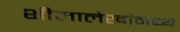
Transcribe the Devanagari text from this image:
शीलालेखांमध्ये